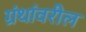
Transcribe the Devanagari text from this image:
ग्रंथांवरील